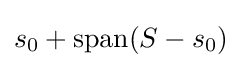
s_{0}+\operatorname {span} (S-s_{0})